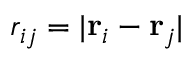
r _ { i j } = | \mathbf { r } _ { i } - \mathbf { r } _ { j } |